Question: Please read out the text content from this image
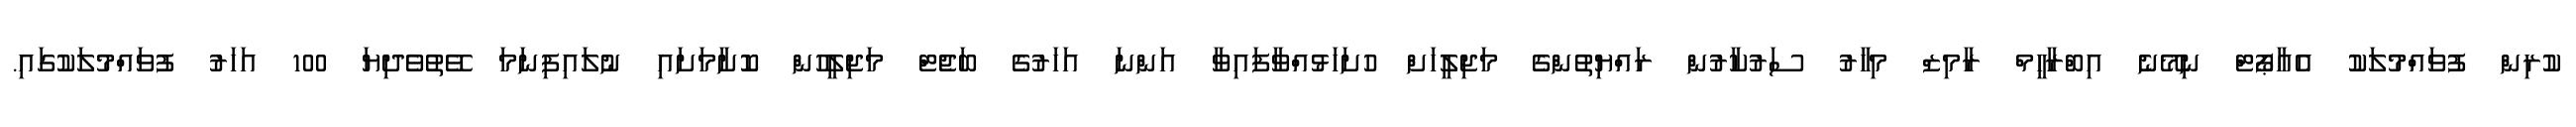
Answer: ކުރިން ފުވައްމުލަކު އެއާޕޯޓް ނިމޭނެ އިބްރާހީމް ރާމިޒް މިހާރު ސަރުކާރުން ރައްޔިތުންގެ މަޖިލީހަށް ހުށަހަޅުއްވާފައިވާ އަންނަ އަހަރުގެ ބަޖެޓް މަޖިލީހުން ކޮށާމަށައި ނުލައިފިނަމަ ވޭތުވެދިޔަ 100 އަހަރު ފުވައްމުލަކުގައި.